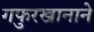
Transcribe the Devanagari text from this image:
गफुरखानाने